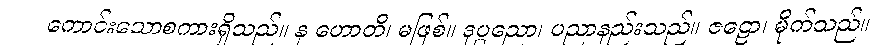
ကောင်းသောစကားရှိသည်။ န ဟောတိ၊ မဖြစ်။ ဒုပ္ပညော၊ ပညာနည်းသည်။ ဇဠော၊ မိုက်သည်။